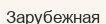
Зарубежная